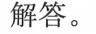
解答。